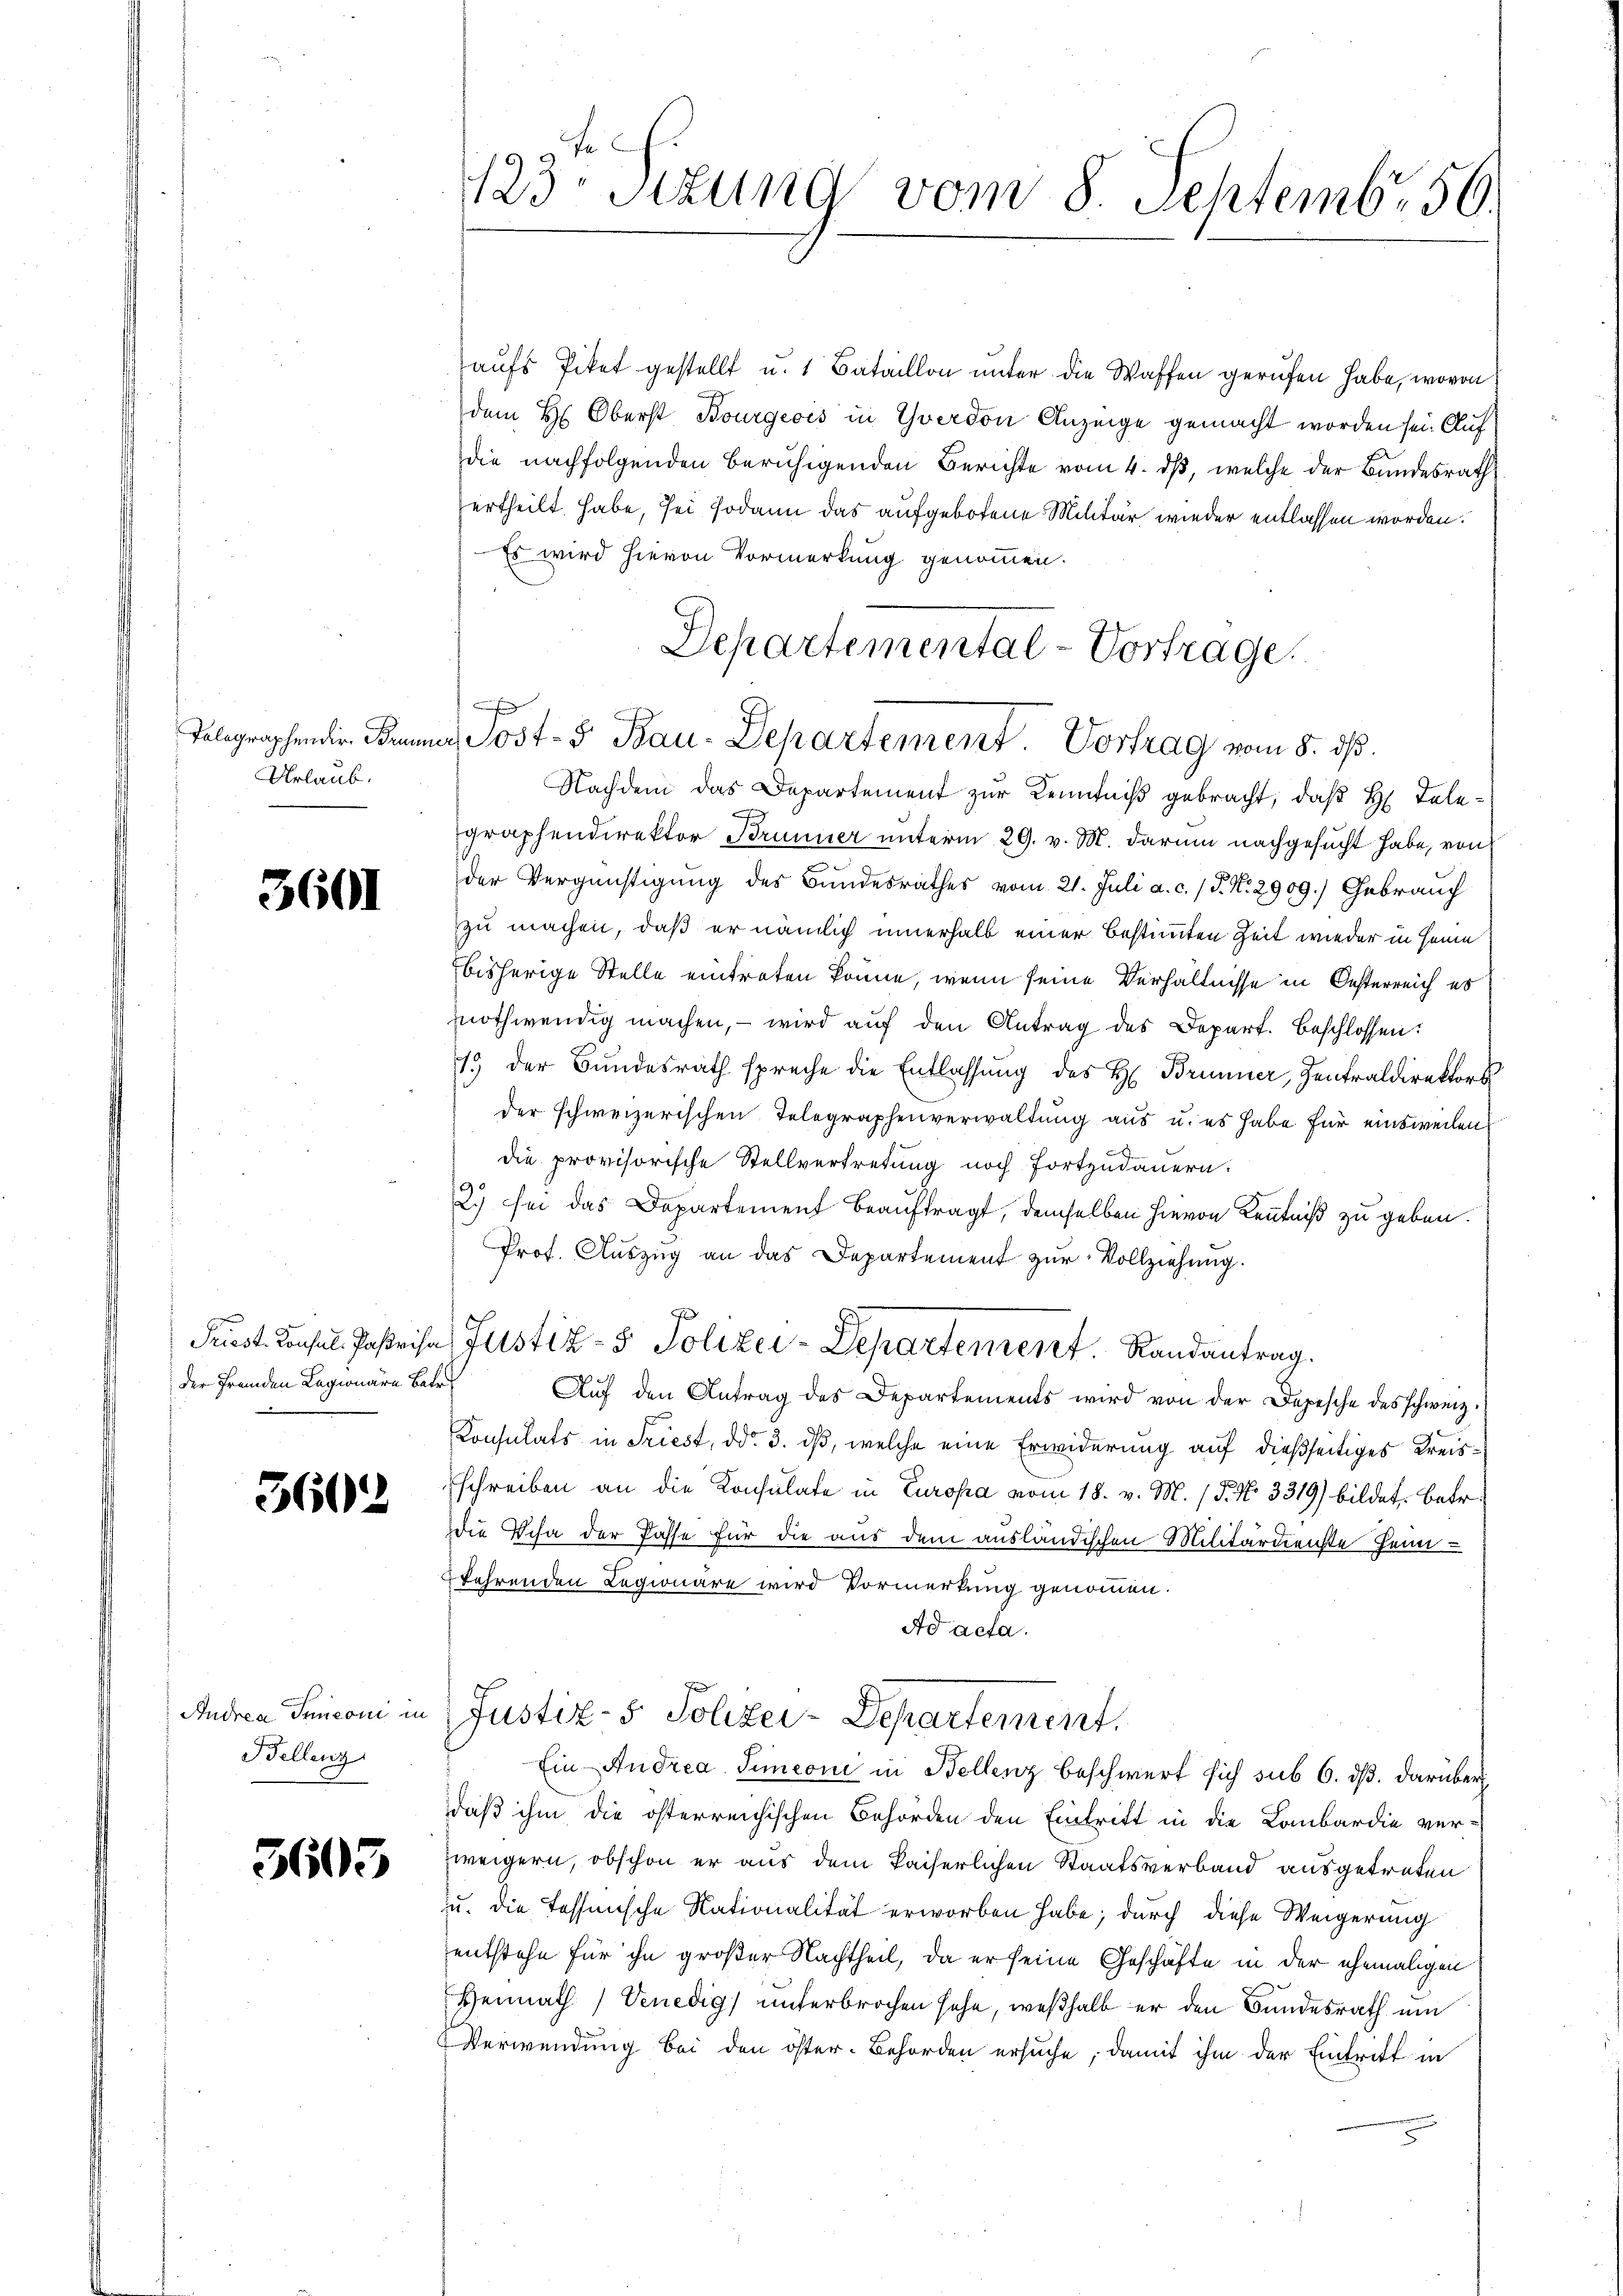
Tolographender Brunn
Urlaub.

3601

der fremden Lagionare Betr

3602

Andrea Innconi in
Bellenz

3603

123. Sitzung vom 8. Septemb. 56.

aufs Piket gestellt u. 1 Bataillon unter die Waffen gerufen habe, wovon
7
dem H: Oberst Bourgeois in Yverdon Anzeige gemacht worden sei. Auf
die nachfolgenden beruhigenden Berichte vom 4. dß, welche der Bundesrath
ertheilt habe, sei sodann das aufgebotene Militär wieder entlassen worden.
Es wird hievon Vormerkung genommen.
Nachdem das Departement zur Kenntniß gebracht, daß H. Tele¬
J
graphendirektor Brunner unterm 29. v. M. darum nachgesucht habe, von
der Vergünstigung des Bundesrathes vom 21. Juli a. c. / J. N. 2909.) Gebrauch
zu machen, daß er nämlich innerhalb einer bestimmten Zeit wieder in Heim
bisherige Stelle eintreten könne, wenn seine Verhältnisse in Oesterreich es
nothwendig machen, – wird auf den Antrag des Depart. Beschlossen:
15 der Bundesrath spreche die Entlassŭng des H. Brunner, Zentraldirektors
der schweizerischen Telegraphenverwaltung aus u. es habe für einsweilen,
die provisorische Stellvertretung noch fortzudauern:
2.) sei das Departement beauftragt, demselben hievon Kenntniß zu geben.
Prof. Aŭszŭg an das Departement zur Vollziehung.
f
Priest. Consul Parisa Justiz- & Polizei-Departement. Randantrag.
Aŭf den Antrag des Departements wird von der Depesche des schweiz.
Konsulats in Friest, ddo 3. dß, welche eine Erwiderung auf dießseitiges Kreisschreiben an die Konsulate in Europa vom 18. v. M. (T. No. 3319) bildet. Betr.
Die Scha der Pässe für die aus dem ausländischen Militärdienste Heimkehrenden Legionäre wird Vormerkung genommen.
Ad acta.
Justiz- & Polizei-Departement,
Ein Andrea Simeoni in Bellenz beschwert sich sub 6. ds. darüber
daß ihm die österreichischen Behörden den Eintritt in die Lombardie ver-
weigern, obschon er aus dem kaiserlichen Staatsverband ausgetreten
u. die tessensche Nationalität erworben habe; durch diese Weigerung
entstehe für ihn großer Nachtheil, da er seine Geschäfte in der ehemaligen
Heimath / Venedig) unterbrochen sehe, weßhalb er den Bundesrath um
Verwendung bei den öster-Behörden ersuche, damit ihm der Eintritt in

Departemental-Vortrage
x
a. Most- u Bau-Departement. Vortrag vom 8. ds.